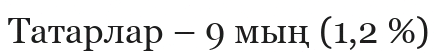
Татарлар – 9 мың (1,2 %)